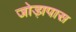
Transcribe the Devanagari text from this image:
जोड़ापास